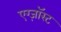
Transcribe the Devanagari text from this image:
एग्ज़ॉस्ट